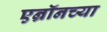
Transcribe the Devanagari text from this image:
एन्रॉनच्या